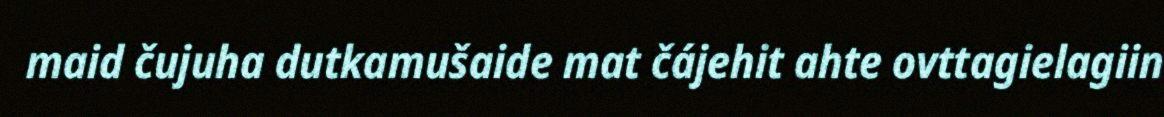
maid čujuha dutkamušaide mat čájehit ahte ovttagielagiin